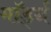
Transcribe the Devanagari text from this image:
मॉर्ड्न